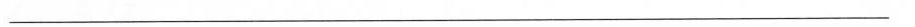
___